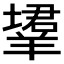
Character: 𬙹